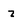
Character: Z